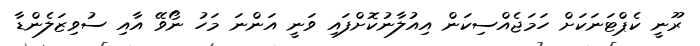
ރޫނީ ކެޕްޓަނަކަށް ހަމަޖެއްސިކަން އިއުލާނުކޮށްފައި ވަނީ އަންނަ މަހު ނޯވޭ އާއި ސުވިޒަލެންޑާ